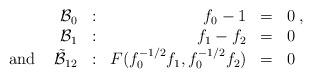
LaTeX: \begin{align*}\begin{array}{rrrll}{\cal B}_{0}&:&f_{0}-1&=&0\;,\\{\cal B}_{1}&:&f_{1}-f_{2}&=&0\\\mbox{ and }\;\;\;\tilde{\cal B}_{12}&:&F(f_{0}^{-1/2}f_{1},f_{0}^{-1/2}f_{2})&=&0\end{array}\end{align*}